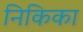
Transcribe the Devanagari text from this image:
निकिका